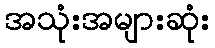
အသုံးအများဆုံး